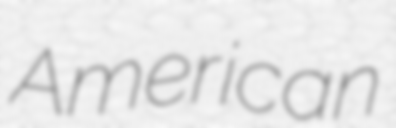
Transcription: American